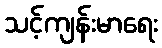
သင့်ကျန်းမာရေး